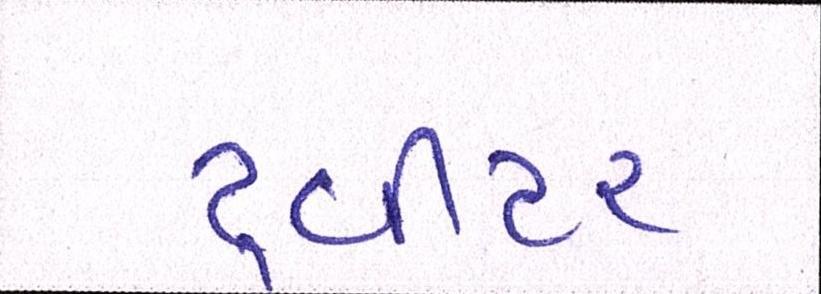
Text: ટ્વીટર